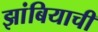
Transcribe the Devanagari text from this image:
झांबियाची